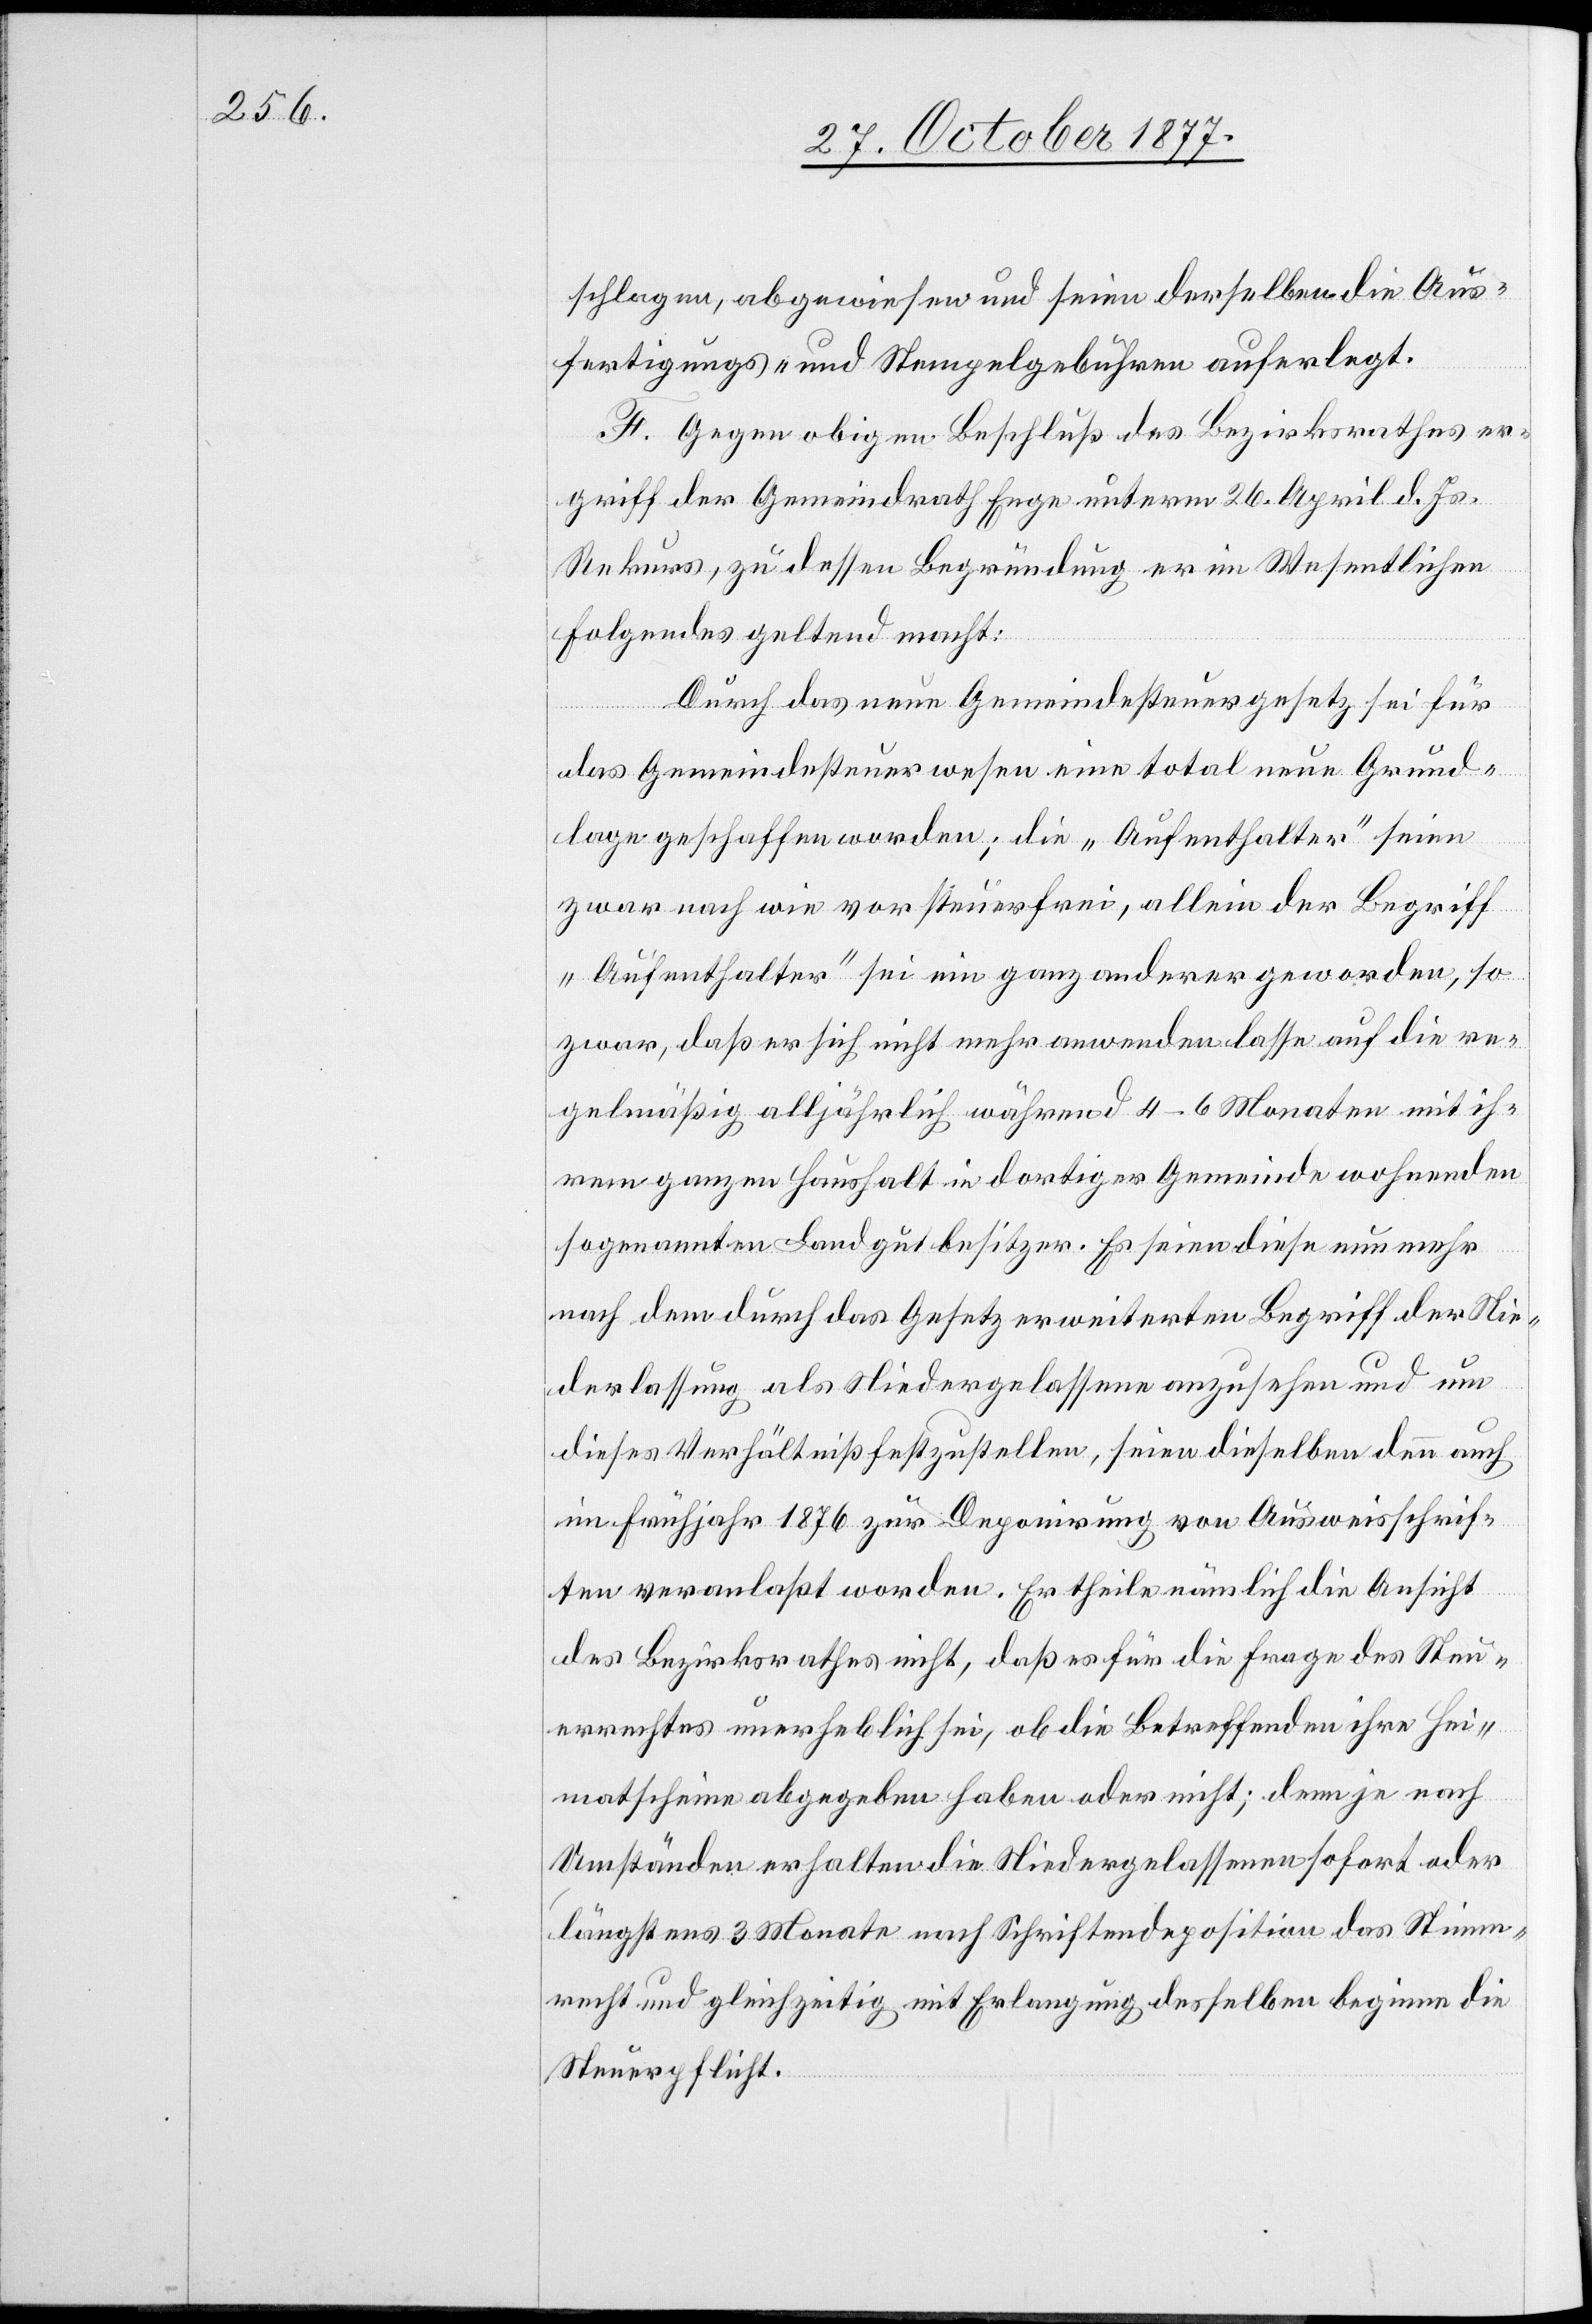
schlagen, abgewiesen und seien derselben die Aus¬
fertigungs- und Stempelgebühren auferlegt.
F. Gegen obigen Beschluß des Bezirksrathes er¬
griff der Gemeindrath Enge unterm 26. April d. Js.
Rekurs, zu dessen Begründung er im Wesentlichen
Folgendes geltend macht:
Durch das neue Gemeindesteuergesetz sei für
das Gemeindesteuerwesen eine total neue Grund¬
lage geschaffen worden; die „Aufenthalter“ seien
zwar nach wie vor steuerfrei, allein der Begriff
„Aufenthalter“ sei ein ganz anderer geworden, so
zwar, daß er sich nicht mehr anwenden lasse auf die re¬
gelmäßig alljährlich während 4–6 Monaten mit ih¬
rem ganzen Haushalt in dortiger Gemeinde wohnenden
sogenannten Landgutbesitzer. Es seien diese nunmehr
nach dem durch das Gesetz erweiterten Begriff der Nie¬
derlassung als Niedergelassene anzusehen und um
dieses Verhältniß festzustellen, seien dieselben denn auch
im Frühjahr 1876 zur Deponirung von Ausweisschrif¬
ten veranlaßt worden. Er theile nämlich die Ansicht
des Bezirksrathes nicht, daß es für die Frage des Steu¬
errechtes unerheblich sei, ob die Betreffenden ihre Hei¬
matscheine abgegeben haben oder nicht; denn je nach
Umständen erhalten die Niedergelassenen sofort oder
längstens 3 Monate nach Schriftendeposition das Stimm¬
recht und gleichzeitig mit Erlangung desselben beginne die
Steuerpflicht.